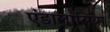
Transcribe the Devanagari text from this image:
एंडालासिया